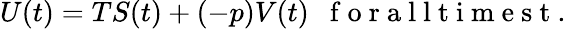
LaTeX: U(t)=TS(t)+(-p)V(t)\enspace\mathrm{~f~o~r~a~l~l~t~i~m~e~s~t~}.